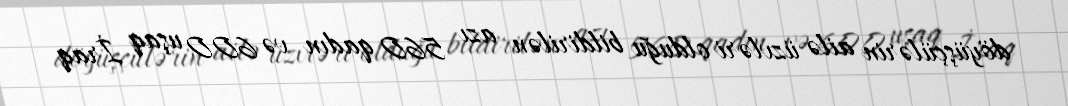
döyüşçülərin ailə üzvləri olduğu bildirilən azı 560 qadın və 600 uşaq İraq